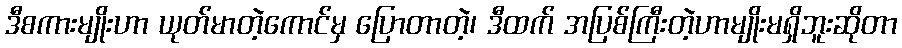
ဒီစကားမျိုးဟာ ယုတ်မာတဲ့ကောင်မှ ပြောတာတဲ့၊ ဒီထက် အပြစ်ကြီးတဲ့ဟာမျိုးမရှိဘူးဆိုတာ